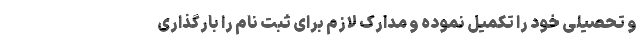
و تحصیلی خود را تکمیل نموده و مدارک لازم برای ثبت­ نام را بارگذاری